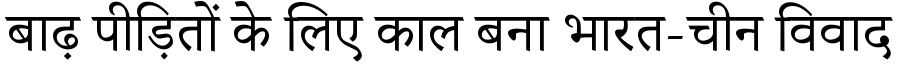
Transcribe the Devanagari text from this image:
बाढ़ पीड़ितों के लिए काल बना भारत-चीन विवाद